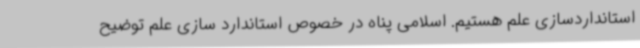
استانداردسازی علم هستیم. اسلامی پناه در خصوص استاندارد سازی علم توضیح